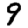
Digit: 9